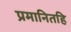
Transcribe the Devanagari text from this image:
प्रमानितहि